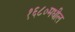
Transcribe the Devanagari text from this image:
१६८०मधील